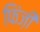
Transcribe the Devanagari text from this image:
फिंज़ी